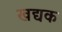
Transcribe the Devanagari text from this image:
खद्यक